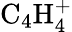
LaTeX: \mathrm{C_{4}H_{4}^{+}}